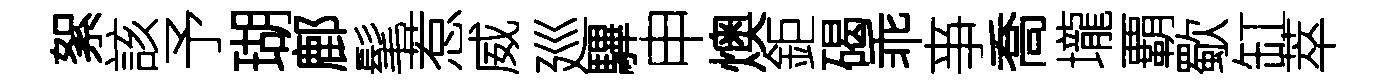
絮該予瑚鄜髦惹威廵驆申燠鉅碣乖亊喬壠覇歜缸萃